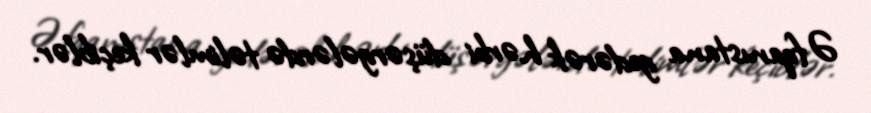
Əfqanıstana gedərək hərbi düşərgələrdə təlimlər keçiblər.